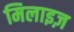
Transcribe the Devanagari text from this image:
मिलाइज़